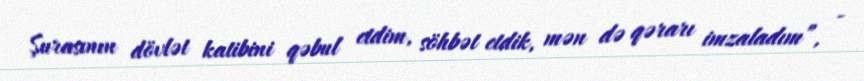
Şurasının dövlət katibini qəbul etdim, söhbət etdik, mən də qərarı imzaladım”, -